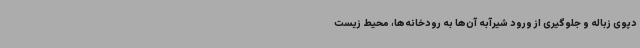
دپوی زباله و جلوگیری از ورود شیرآبه آن‌ها به رودخانه‌ها، محیط زیست